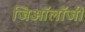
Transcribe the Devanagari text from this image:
जिऑलॉजी